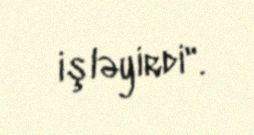
işləyirdi".